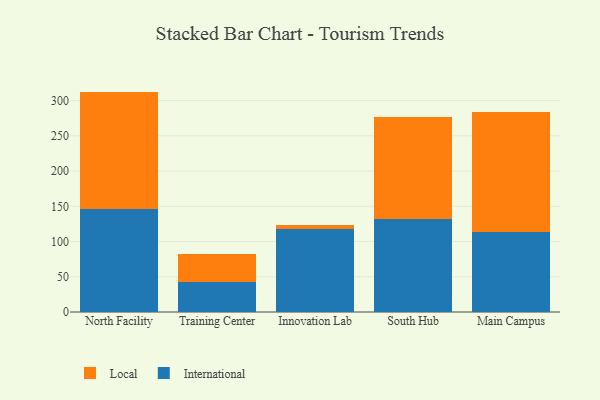
{"axis": {"x": "Campus", "y": "Conversion Rate (%)"}, "legend": ["International", "Local"], "data": [{"x": "North Facility", "y": 146.1, "type": "International"}, {"x": "North Facility", "y": 166.7, "type": "Local"}, {"x": "Training Center", "y": 42.5, "type": "International"}, {"x": "Training Center", "y": 40.3, "type": "Local"}, {"x": "Innovation Lab", "y": 118.4, "type": "International"}, {"x": "Innovation Lab", "y": 5.3, "type": "Local"}, {"x": "South Hub", "y": 132.6, "type": "International"}, {"x": "South Hub", "y": 144.7, "type": "Local"}, {"x": "Main Campus", "y": 112.9, "type": "International"}, {"x": "Main Campus", "y": 171.1, "type": "Local"}]}